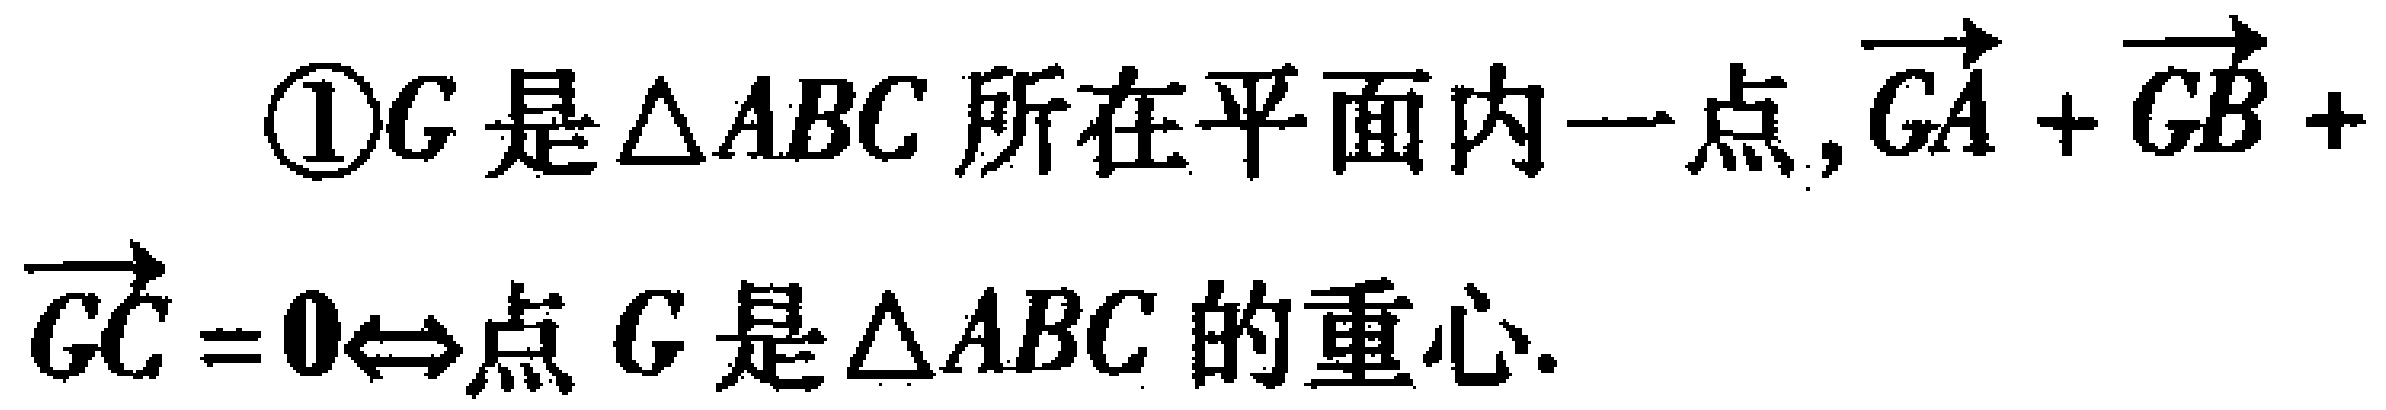
\textcircled{1}$G$是$\triangle ABC$所在平面内一点,$\overrightarrow{GA}+\overrightarrow{GB}+\overrightarrow{GC}=\boldsymbol{0}\Leftrightarrow 点\ G是\triangle ABC的重心.$